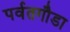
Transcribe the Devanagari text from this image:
पर्वतगौडा